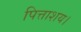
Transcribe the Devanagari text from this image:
पित्ताशय।